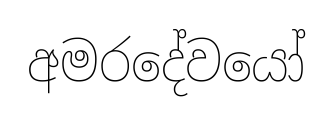
අමරදේවයෝ